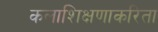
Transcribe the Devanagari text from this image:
कलाशिक्षणाकरिता